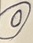
Text: 0